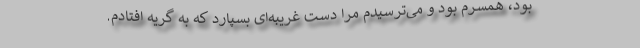
بود، همسرم بود و می‌ترسیدم مرا دست غریبه‌ای بسپارد که به گریه افتادم.